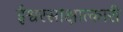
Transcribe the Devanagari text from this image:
ईश्वरसाक्षात्कारी